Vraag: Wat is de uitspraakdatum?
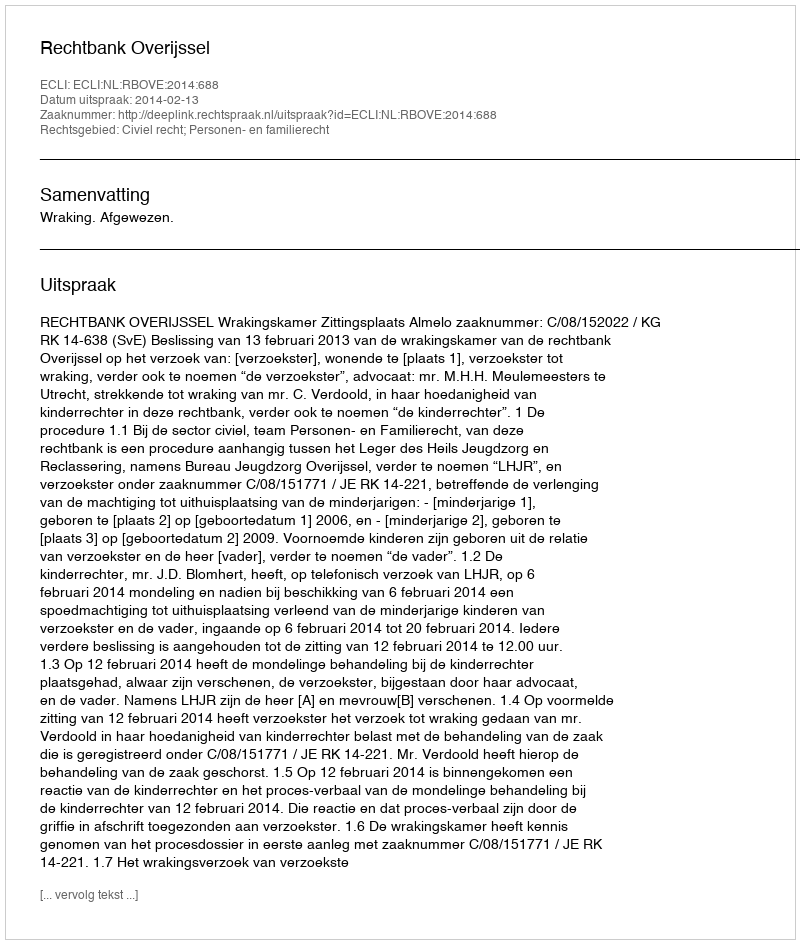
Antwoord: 2014-02-13